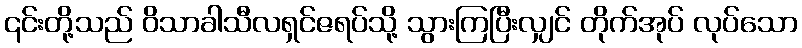
၎င်းတို့သည် ဝိသာခါသီလရှင်ဇရပ်သို့ သွားကြပြီးလျှင် တိုက်အုပ် လုပ်သော